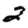
Digit: 2